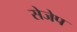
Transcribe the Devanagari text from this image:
सेजेप